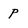
Character: p